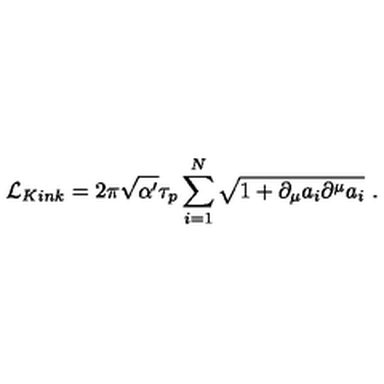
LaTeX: { \cal L } _ { K i n k } = 2 \pi \sqrt { \alpha ^ { \prime } } \tau _ { p } \sum _ { i = 1 } ^ { N } \sqrt { 1 + \partial _ { \mu } a _ { i } \partial ^ { \mu } a _ { i } } \ .